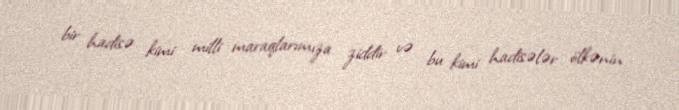
bir hadisə kimi milli maraqlarımıza ziddir və bu kimi hadisələr ölkənin